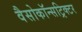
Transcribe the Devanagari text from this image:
वैसोकॉन्सट्रिक्टर